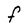
Character: F